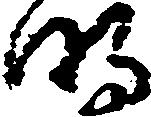
明